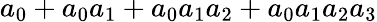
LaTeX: a_{0}+a_{0}a_{1}+a_{0}a_{1}a_{2}+a_{0}a_{1}a_{2}a_{3}